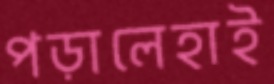
পড়ালেহাই